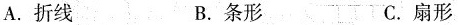
A.折线 B.条形 C.扇形